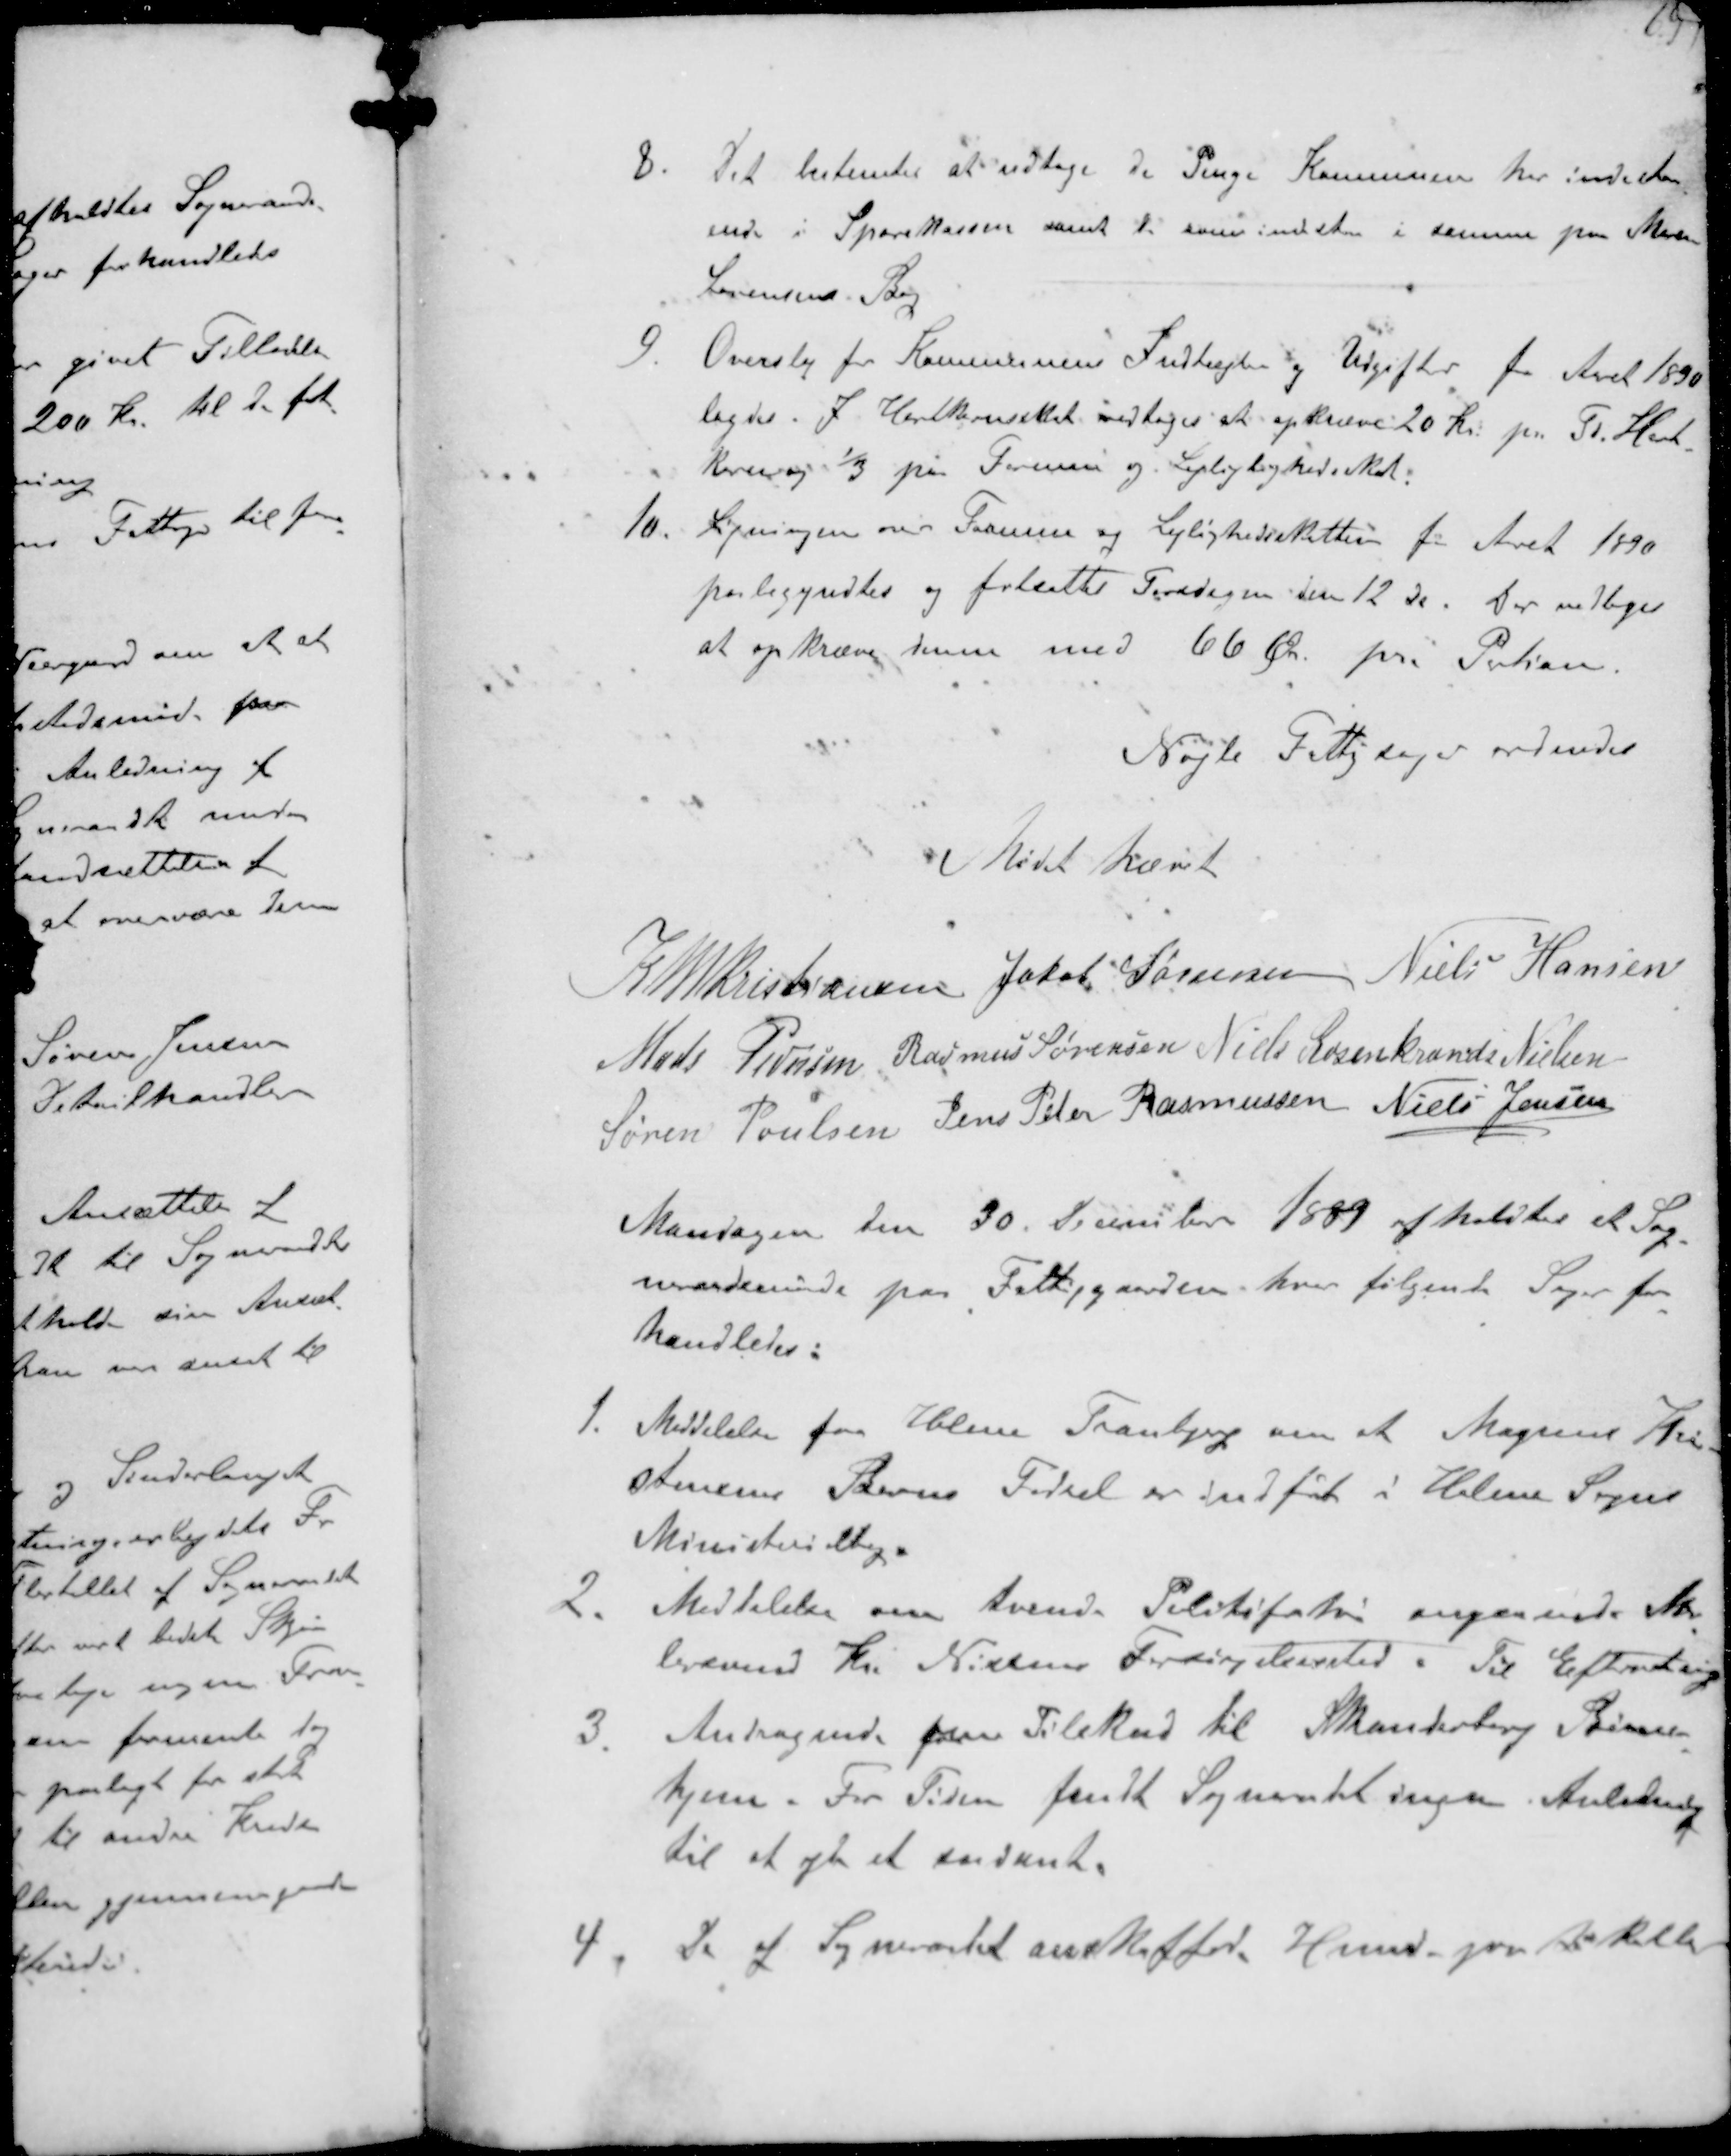
Transskription:
8. Det bestemtes at udtage de Penge Kommunen her indestaa-
ende i Sparekassen samt de som indstaar i samme paa Maren
Sørensen Bog
9. Overslag for Kommunens Indtægter og Udgifter for Aaret 1890
lagdes. I Hartkornskat vedtoges at opkræve 20 Kr pr. Td. Hart-
korn og 1/3 på formue og Lejlighedsskat.
10. Ligningen over Formue og Lejlighedsskatten for Aaret 1890
paabegyndtes og fortsatte Fredagen den 12 ds. Der vedtoges
at opkræve denne med 66 Øre pr. Portion

Nogle Fattigsager ordnedes

Mødet hævet

K N M Kristiansen Jakob Sørensen Niels Hansen
Mads Pedersen Rasmus Sørensen Niels Rosenkrands Nielsen
Søren Poulsen Jens Peter Rasmussen Niels Jensen
Mandagen den 30 December 1889 afholdtes et Sog-
neraadsmøde paa Fattiggaarden hvor følgende Sager for-
handledes:
1. Meddelelse fra Holme Tranbjerg om at Magnus Kri-
stensens Barns Fødsel er indført i Holme Sogns
Ministerialbog
2. Meddelelse om tvende Politiforhør angaaende Ma-
lersvend Kr. Nielsens Forsørgelsessted. Til Efterretning
3 Andragende om Tilskud til Skanderborg Børne-
hjem. For Siden fandt Sogneraadet ingen Anledning
til at yde et saadant.
4. De af Sogneraadet anskaffede Hunde